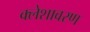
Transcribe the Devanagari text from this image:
क्लेशावरण